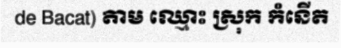
de Bacat) តាម ឈ្មោះ ស្រុក កំនើត